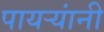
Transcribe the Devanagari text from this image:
पायर्‍यांनी